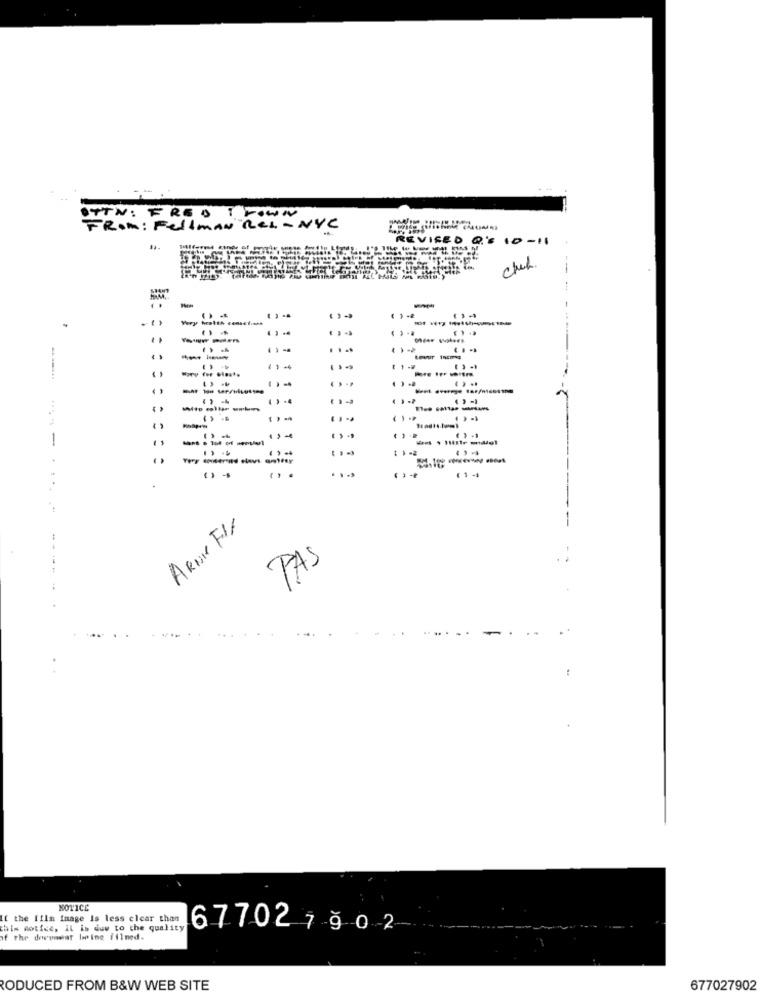
OTTN : FRED I TOWN
FROM: FellMAN Rel - NYC
REVISED 2.'S 10 -11
--
-
. ...
--
----
( ) .4
--
----
----
.. .
(14
ARON FIX
PAS
NOTICE
It the Illa image Is less clear than
this notice, il is duw to the quality
677027 902
of the deepamar hoping filmed.
RODUCED FROM B&W WEB SITE
677027902